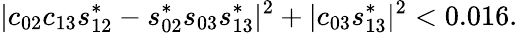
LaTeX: \vert c_{02}c_{13}s_{12}^{*}-s_{02}^{*}s_{03}s_{13}^{*}\vert^{2}+\vert c_{03}s_{13}^{*}\vert^{2}<0.016.